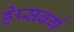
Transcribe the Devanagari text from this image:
हेप्सबर्ग